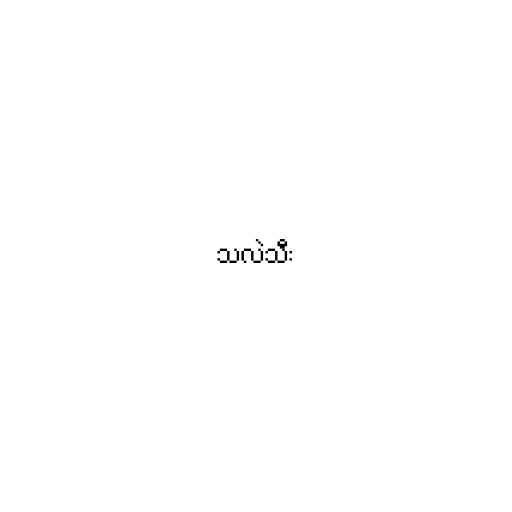
သလဲသီး